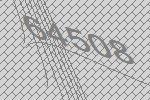
64508